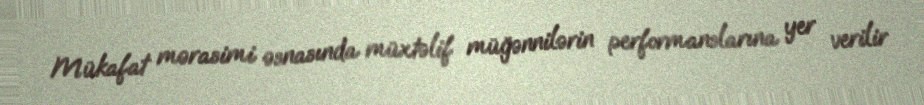
Mükafat mərasimi əsnasında müxtəlif müğənnilərin performanslarına yer verilir